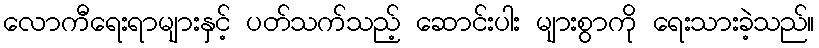
လောကီရေးရာများနှင့် ပတ်သက်သည့် ဆောင်းပါး များစွာကို ရေးသားခဲ့သည်။